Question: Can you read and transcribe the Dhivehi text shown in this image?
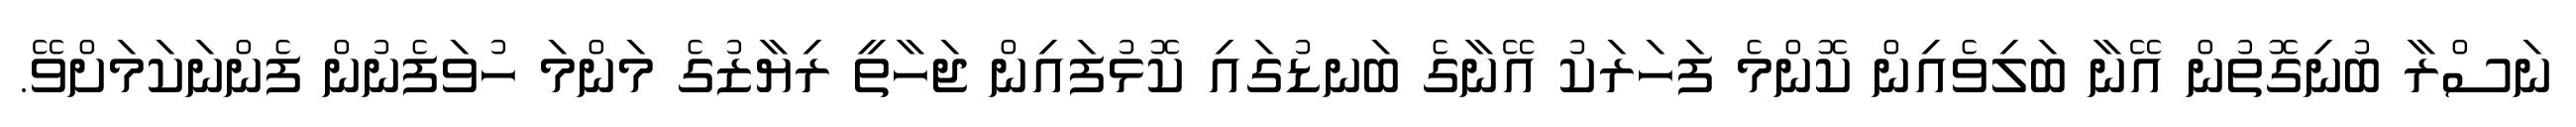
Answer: ނަސްރާ ބުނިގޮތުން އޭނާ ބަލިވެއިން ކޮންމެ ފަހަރަކު އޭނާގެ ބަނޑުގައި ކޮޅުފައިން ޖަހާތީ ރިޔާޒުގެ މަންމަ ހުވަފެނުން ފެންނަކަމަށްވޭ.